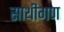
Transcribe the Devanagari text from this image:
साथीगण